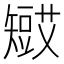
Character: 𥐋